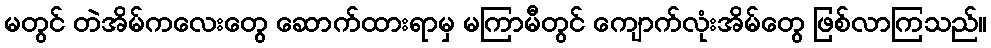
မတွင် တဲအိမ်ကလေးတွေ ဆောက်ထားရာမှ မကြာမီတွင် ကျောက်လုံးအိမ်တွေ ဖြစ်လာကြသည်။